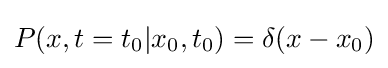
P(x,t=t_{0}|x_{0},t_{0})=\delta (x-x_{0})